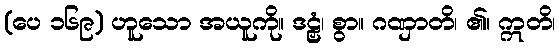
(ပေ ၁၆၉) ဟူသော အယူကို။ ဒဠှံ၊ စွာ။ ဂဏှာတိ၊ ၏။ ဣတိ၊